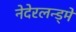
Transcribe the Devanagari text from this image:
नेदेरलन्ड्मे